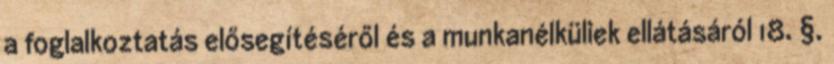
a foglalkoztatás elősegítéséről és a munkanélküliek ellátásáról 18. §.